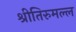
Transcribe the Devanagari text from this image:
श्रीतिरुमल्ल